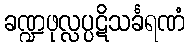
ခဏ္ဍဖုလ္လပ္ပဋိသင်္ခရဏံ